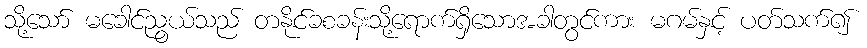
သို့သော် မခေါင်ညွယ်သည် တနိုင်ခစခန်းသို့ရောက်ရှိသောအခါတွင်ကား မဂမ်နှင့် ပတ်သက်၍